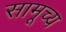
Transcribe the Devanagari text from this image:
सामूच्य